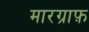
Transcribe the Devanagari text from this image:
मारग्राफ़